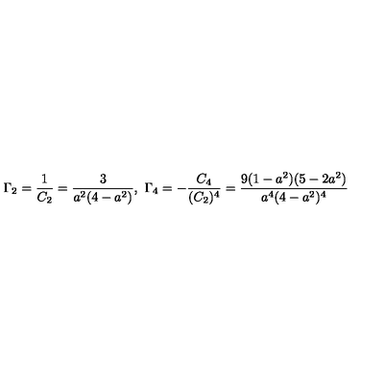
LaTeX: \Gamma _ { 2 } = \frac { 1 } { C _ { 2 } } = \frac { 3 } { a ^ { 2 } ( 4 - a ^ { 2 } ) } , \ \Gamma _ { 4 } = - \frac { C _ { 4 } } { ( C _ { 2 } ) ^ { 4 } } = \frac { 9 ( 1 - a ^ { 2 } ) ( 5 - 2 a ^ { 2 } ) } { a ^ { 4 } ( 4 - a ^ { 2 } ) ^ { 4 } }